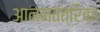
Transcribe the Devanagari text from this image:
आननतंत्रिका